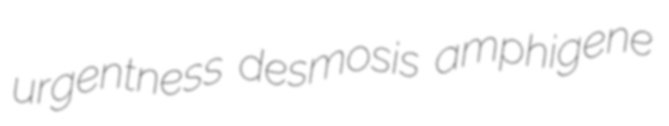
urgentness desmosis amphigene